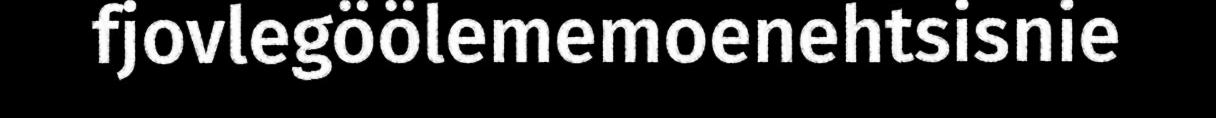
fjovlegöölememoenehtsisnie